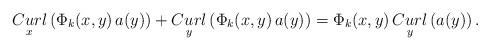
LaTeX: \begin{align*}\underset{x}{Curl}\left( \Phi_{k}(x,y) \, a(y) \right) + \underset{y}{Curl}\left( \Phi_{k}(x,y) \, a(y) \right) = \Phi_{k}(x,y) \, \underset{y}{Curl}\left(a(y)\right).\end{align*}